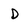
Character: D